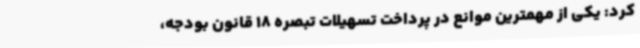
کرد: یکی از مهمترین موانع در پرداخت تسهیلات تبصره 18 قانون بودجه،